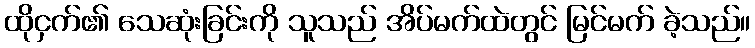
ထိုငှက်၏ သေဆုံးခြင်းကို သူသည် အိပ်မက်ထဲတွင် မြင်မက် ခဲ့သည်။